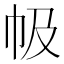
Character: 㠷